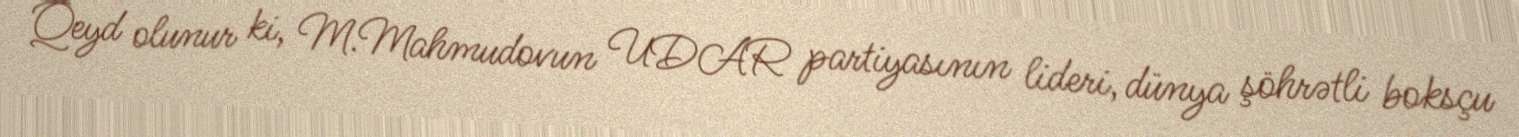
Qeyd olunur ki, M.Mahmudovun UDAR partiyasının lideri, dünya şöhrətli boksçu